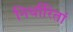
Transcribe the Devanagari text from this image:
निर्धारितां